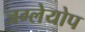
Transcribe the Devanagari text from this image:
जग्लेयोप